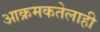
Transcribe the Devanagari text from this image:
आक्रमकतेलाही